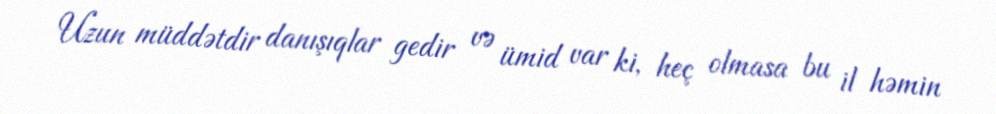
Uzun müddətdir danışıqlar gedir və ümid var ki, heç olmasa bu il həmin